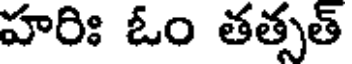
హరిః ఓం తత్సత్